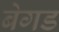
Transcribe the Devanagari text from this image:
बेगड